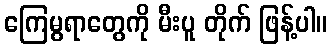
ကြေမွရာတွေကို မီးပူ တိုက် ဖြန့်ပါ။